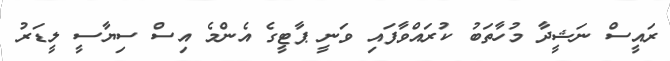
ރައީސް ނަޝީދާ މުހާތަބު ކުރައްވާފައި ވަނީ ޕާޓީގެ އެންމެ އިސް ސިޔާސީ ލީޑަރު